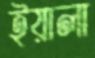
ইয়ালা